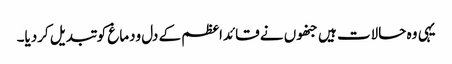
یہی وہ حالات ہیں جنھوں نے قائداعظم کے دل ودماغ کو تبدیل کردیا۔